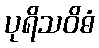
ပုရိသဝိဓံ